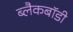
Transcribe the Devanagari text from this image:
ब्लैकबॉडी